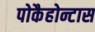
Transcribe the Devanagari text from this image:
पोकैहोन्टास